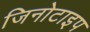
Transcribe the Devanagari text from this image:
जिनोटाइप